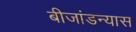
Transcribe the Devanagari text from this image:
बीजांडन्यास